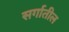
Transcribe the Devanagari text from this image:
सर्गातील